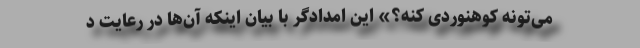
می‌تونه کوهنوردی کنه؟» این امدادگر با بیان اینکه آن‌ها در رعایت د